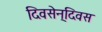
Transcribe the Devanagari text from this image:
दिवसेन्‌दिवस